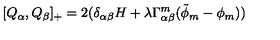
[ Q _ { \alpha } , Q _ { \beta } ] _ { + } = 2 ( \delta _ { \alpha \beta } H + \lambda \Gamma _ { \alpha \beta } ^ { m } ( \tilde { \phi } _ { m } - \phi _ { m } ) )